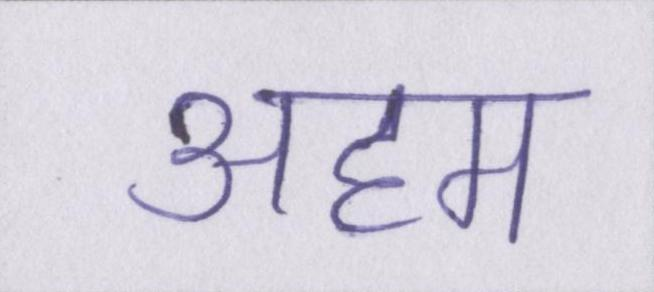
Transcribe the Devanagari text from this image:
अहम